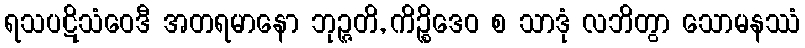
ရသပဋိသံဝေဒီ အတရမာနော ဘုဉ္ဇတိ, ကိဉ္စိဒေဝ စ သာဒုံ လဘိတွာ သောမနဿံ